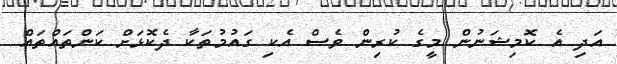
އަދި އެ ކޮމިޝަނުން މީގެ ކުރިން ވެސް އެކި ގައުމުތަކާ ދެކޮޅަށް ކަންތައްތައް